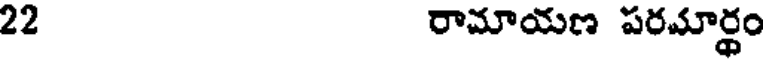
22 రామాయణ పరమార్ధం